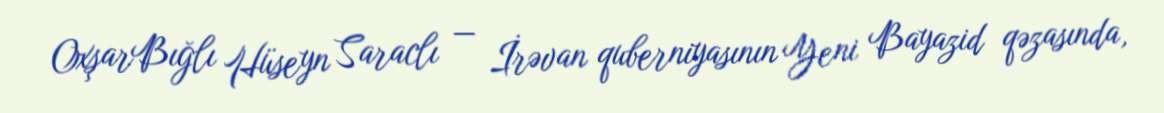
OxşarBığlı Hüseyn Saraclı — İrəvan quberniyasının Yeni Bayazid qəzasında,